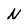
Character: N